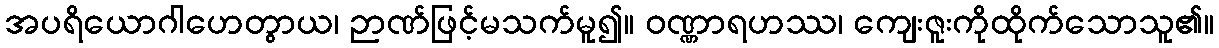
အပရိယောဂါဟေတွာယ၊ ဉာဏ်ဖြင့်မသက်မူ၍။ ဝဏ္ဏာရဟဿ၊ ကျေးဇူးကိုထိုက်သောသူ၏။